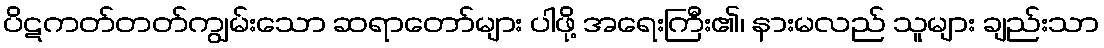
ပိဋကတ်တတ်ကျွမ်းသော ဆရာတော်များ ပါဖို့ အရေးကြီး၏၊ နားမလည် သူများ ချည်းသာ